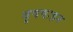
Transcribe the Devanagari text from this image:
वृषवाहन